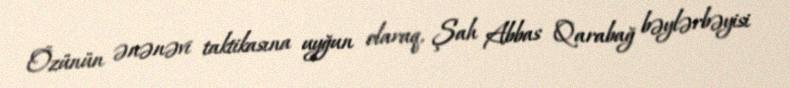
Özünün ənənəvi taktikasına uyğun olaraq, Şah Abbas Qarabağ bəylərbəyisi